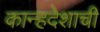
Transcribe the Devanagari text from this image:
कान्हदेशाची